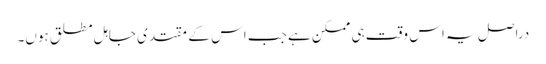
دراصل یہ اس وقت ہی ممکن ہے جب اس کے مقتدی جاہل مطلق ہوں۔